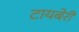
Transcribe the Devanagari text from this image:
टायबेरी